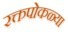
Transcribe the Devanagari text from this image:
रक्तपोकळ्या